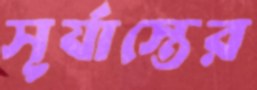
সূর্যাস্তের